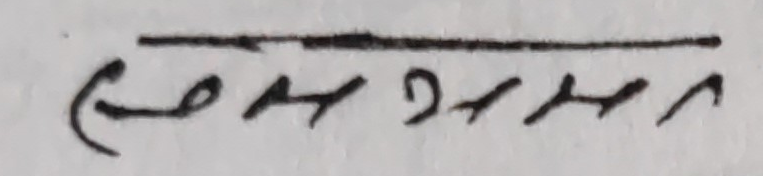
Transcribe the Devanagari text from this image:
(समानतर